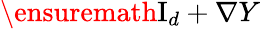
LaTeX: \ensuremath{\mathrm{I}_{d}}+\nabla Y